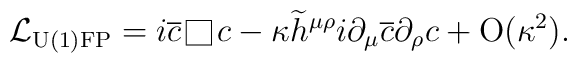
{\cal L}_{\rm{U(1)FP}}=i\overline{c}\raisebox{-0.5mm}{\hskip 0.6mm\rule{0.1mm}{3.1mm}\rule{3.1mm}{0.1mm}\rule{0.1mm}{3.2mm}\hskip-3.3mm\rule[3.1mm]{3.2mm}{0.1mm}\hskip 0.7mm} c-\kappa\widetilde{h}^{\mu\rho}i\partial_{\mu}\overline{c}\partial_{\rho}c+{\rm O}(\kappa^2).